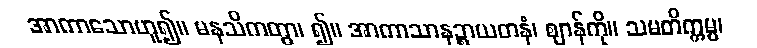
အာကာသောဟူ၍။ မနသိကတွာ၊ ၍။ အာကာသာနဉ္စာယတနံ၊ ဈာန်ကို။ သမတိက္ကမ္မ၊